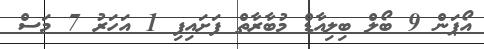
އޯޕަން 9 ބޯލް ބިލިއާޑް މުބާރާތް ފަށައިފި 1 އަހަރު 7 މަސް